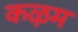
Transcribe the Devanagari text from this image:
कऴम